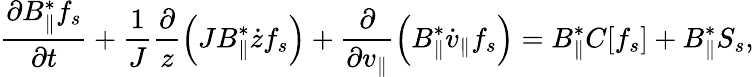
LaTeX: \frac{\partial B_{\parallel}^{*}f_{s}}{\partial t}+\frac{1}{J}\frac{\partial}{z}\left(JB_{\parallel}^{*}\dot{z}f_{s}\right)+\frac{\partial}{\partial v_{\parallel}}\left(B_{\parallel}^{*}\dot{v}_{\parallel}f_{s}\right)=B_{\parallel}^{*}C[f_{s}]+B_{\parallel}^{*}S_{s},